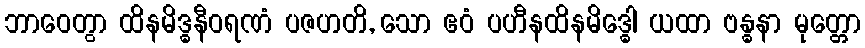
ဘာဝေတွာ ထိနမိဒ္ဓနီဝရဏံ ပဇဟတိ, သော ဧဝံ ပဟီနထိနမိဒ္ဓေါ ယထာ ဗန္ဓနာ မုတ္တော